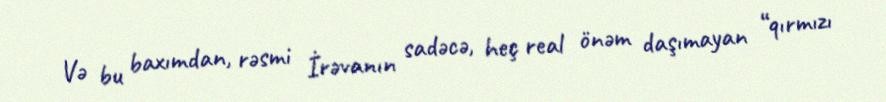
Və bu baxımdan, rəsmi İrəvanın sadəcə, heç real önəm daşımayan “qırmızı